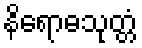
နိရောဓသုတ္တံ